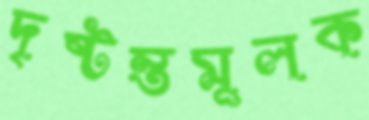
দৃষ্টন্তমূলক